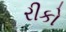
રીકો